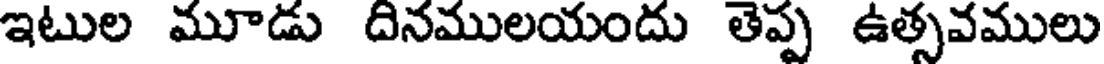
ఇటుల మూడు దినములయందు తెప్ప ఉత్సవములు